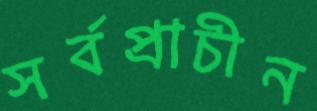
সর্বপ্রাচীন